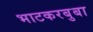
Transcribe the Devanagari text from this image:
भाटकरबुबा